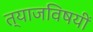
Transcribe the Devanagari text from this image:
त्याजविषयीं